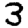
Digit: 3